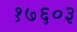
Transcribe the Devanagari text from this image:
१७६०३